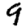
Digit: 9